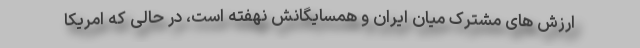
ارزش های مشترک میان ایران و همسایگانش نهفته است، در حالی که امریکا